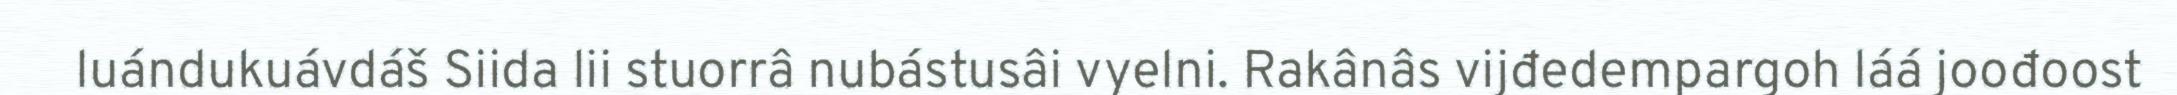
luándukuávdáš Siida lii stuorrâ nubástusâi vyelni. Rakânâs vijđedempargoh láá joođoost